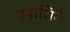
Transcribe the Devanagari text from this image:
उपाधिने